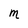
Character: M